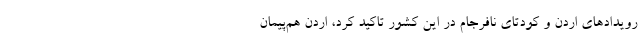
رویدادهای اردن و کودتای نافرجام در این کشور تاکید کرد، اردن هم‌پیمان